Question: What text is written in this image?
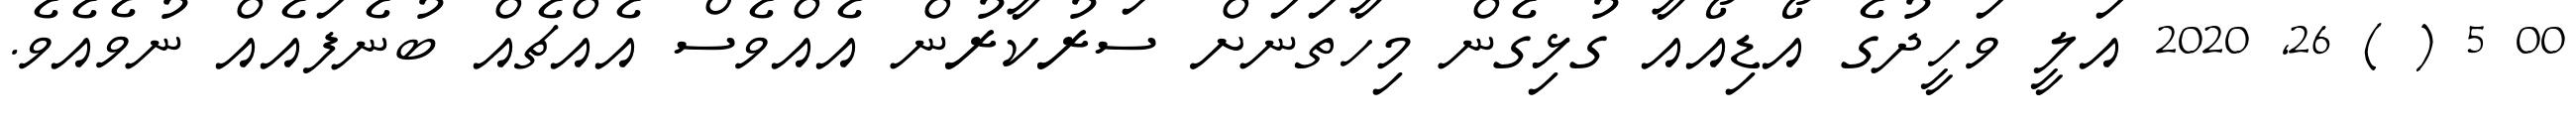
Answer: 00 5 ( ) 26, 2020 އަލީ ވަހީދުގެ އޯޑިއޯއާ ގުޅިގެން މިހާތަނަށް ސަރުކާރުން އެއްވެސް އެއްޗެއް ބުނެފައެއް ނުވެއެވެ.